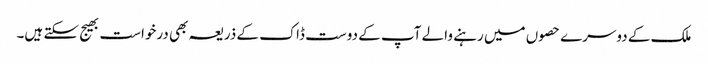
ملک کے دوسرے حصوں میں رہنے والے آپ کے دوست ڈاک کے ذریعہ بھی درخواست بھیج سکتے ہیں۔